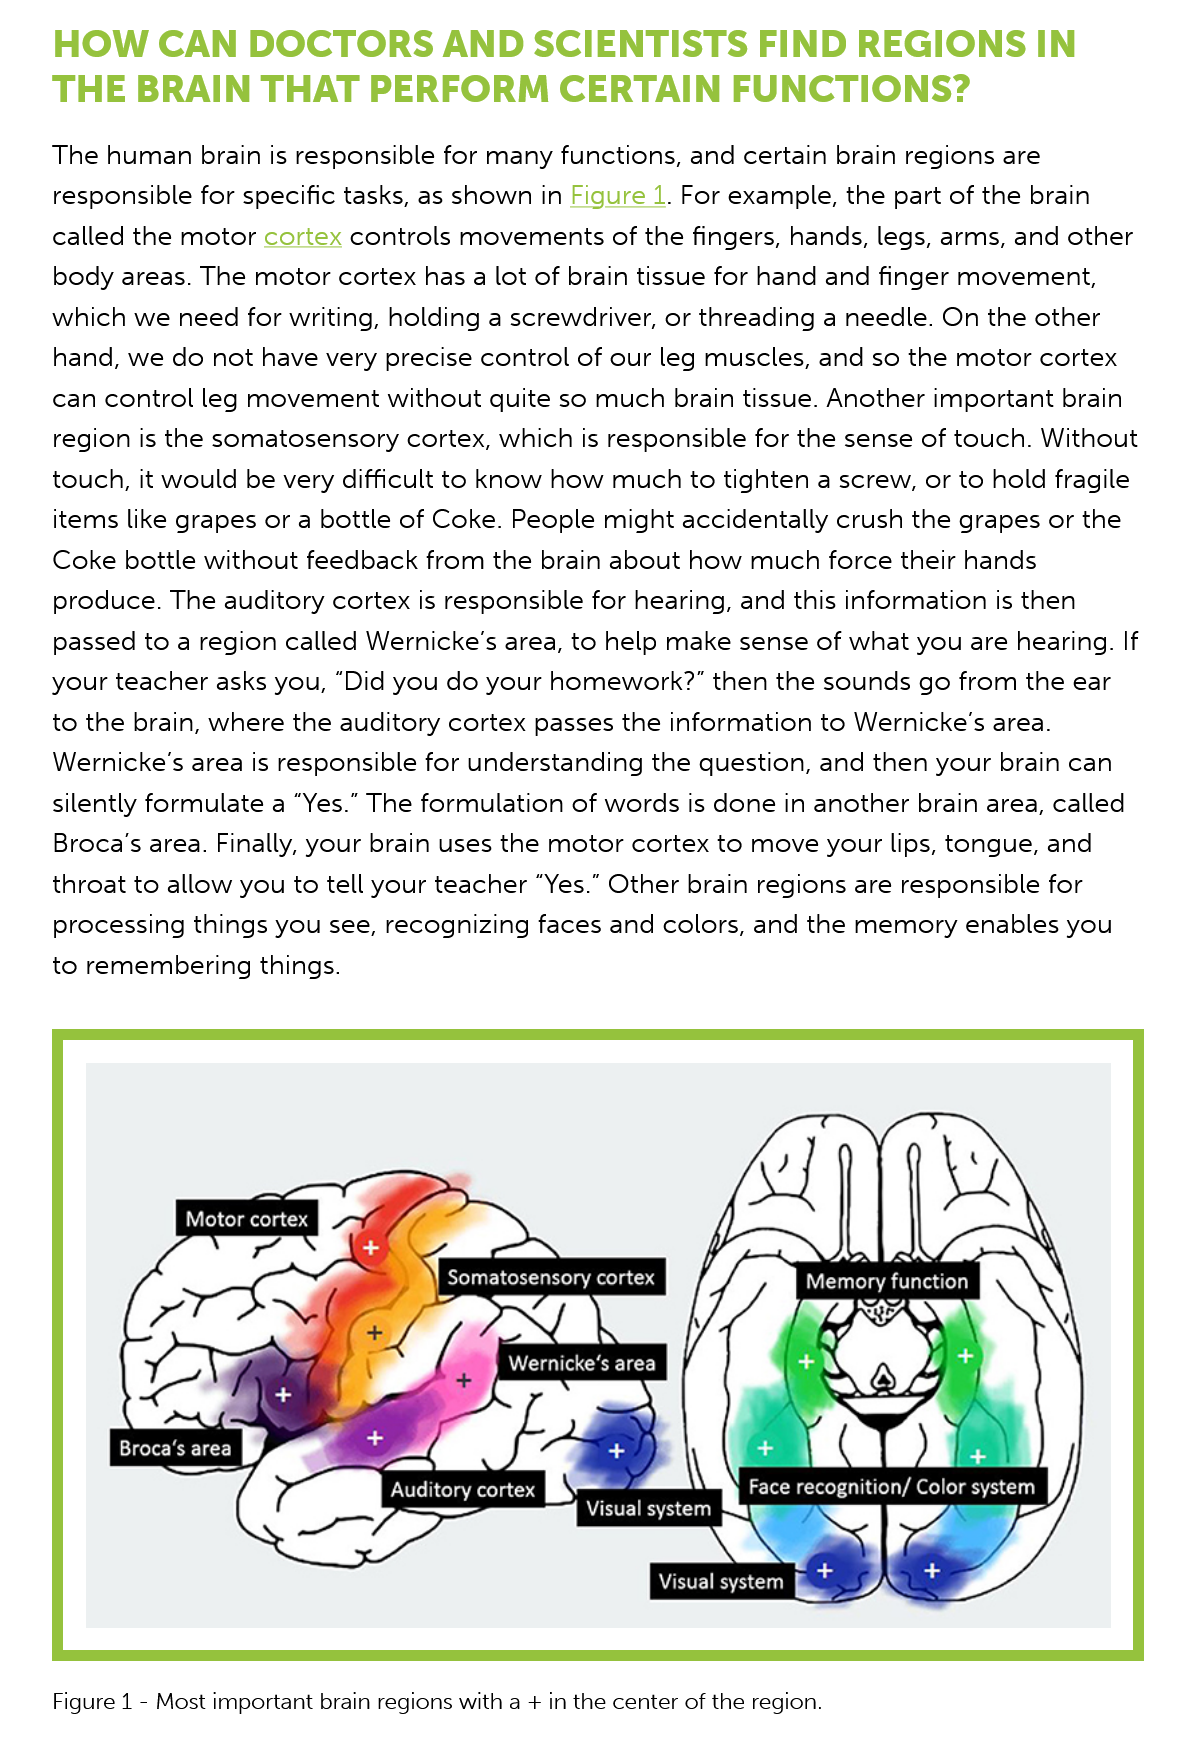
HOW    CAN   DOCTORS    AND   SCIENTISTS    FIND    REGIONS   IN
    THE   BRAIN    THAT    PERFORM    CERTAIN    FUNCTIONS?
    The human brain is responsible for many functions, and certain brain regions are
    responsible for specific tasks, as shown in Figure 1. For example, the part of the brain
    called the motor cortex controls movements of the fingers, hands, legs, arms, and other
    body areas. The motor cortex has a lot of brain tissue for hand and finger movement,
    which we need for writing, holding a screwdriver, or threading a needle. On the other
    hand, we do not have very precise control of our leg muscles, and so the motor cortex
    can control leg movement without quite so much brain tissue. Another important brain
    region is the somatosensory cortex, which is responsible for the sense of touch. Without
    touch, it would be very difficult to know how much to tighten a screw, or to hold fragile
    items like grapes or a bottle of Coke. People might accidentally crush the grapes or the
    Coke bottle without feedback from the brain about how much force their hands
    produce. The auditory cortex is responsible for hearing, and this information is then
    passed to a region called Wernicke’s area, to help make sense of what you are hearing. If
    your teacher asks you, “Did you do your homework?” then the sounds go from the ear
    to the brain, where the auditory cortex passes the information to Wernicke’s area.
    Wernicke’s area is responsible for understanding the question, and then your brain can
    silently formulate a “Yes.” The formulation of words is done in another brain area, called
    Broca’s area. Finally, your brain uses the motor cortex to move your lips, tongue, and
    throat to allow you to tell your teacher “Yes.” Other brain regions are responsible for
    processing things you see, recognizing faces and colors, and the memory enables you
    to remembering things.

     Motor cortex
     Tcl aE L)

     Te
     M
     eter  AR  eS Si)
     iz
    Figure 1
     -
     Most important brain regions with a + in the center of the region.